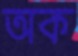
অক